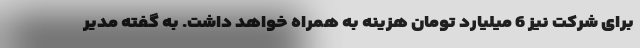
برای شرکت نیز 6 میلیارد تومان هزینه به همراه خواهد داشت. به گفته مدیر